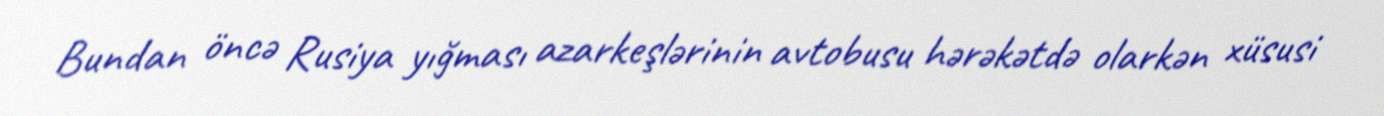
Bundan öncə Rusiya yığması azarkeşlərinin avtobusu hərəkətdə olarkən xüsusi